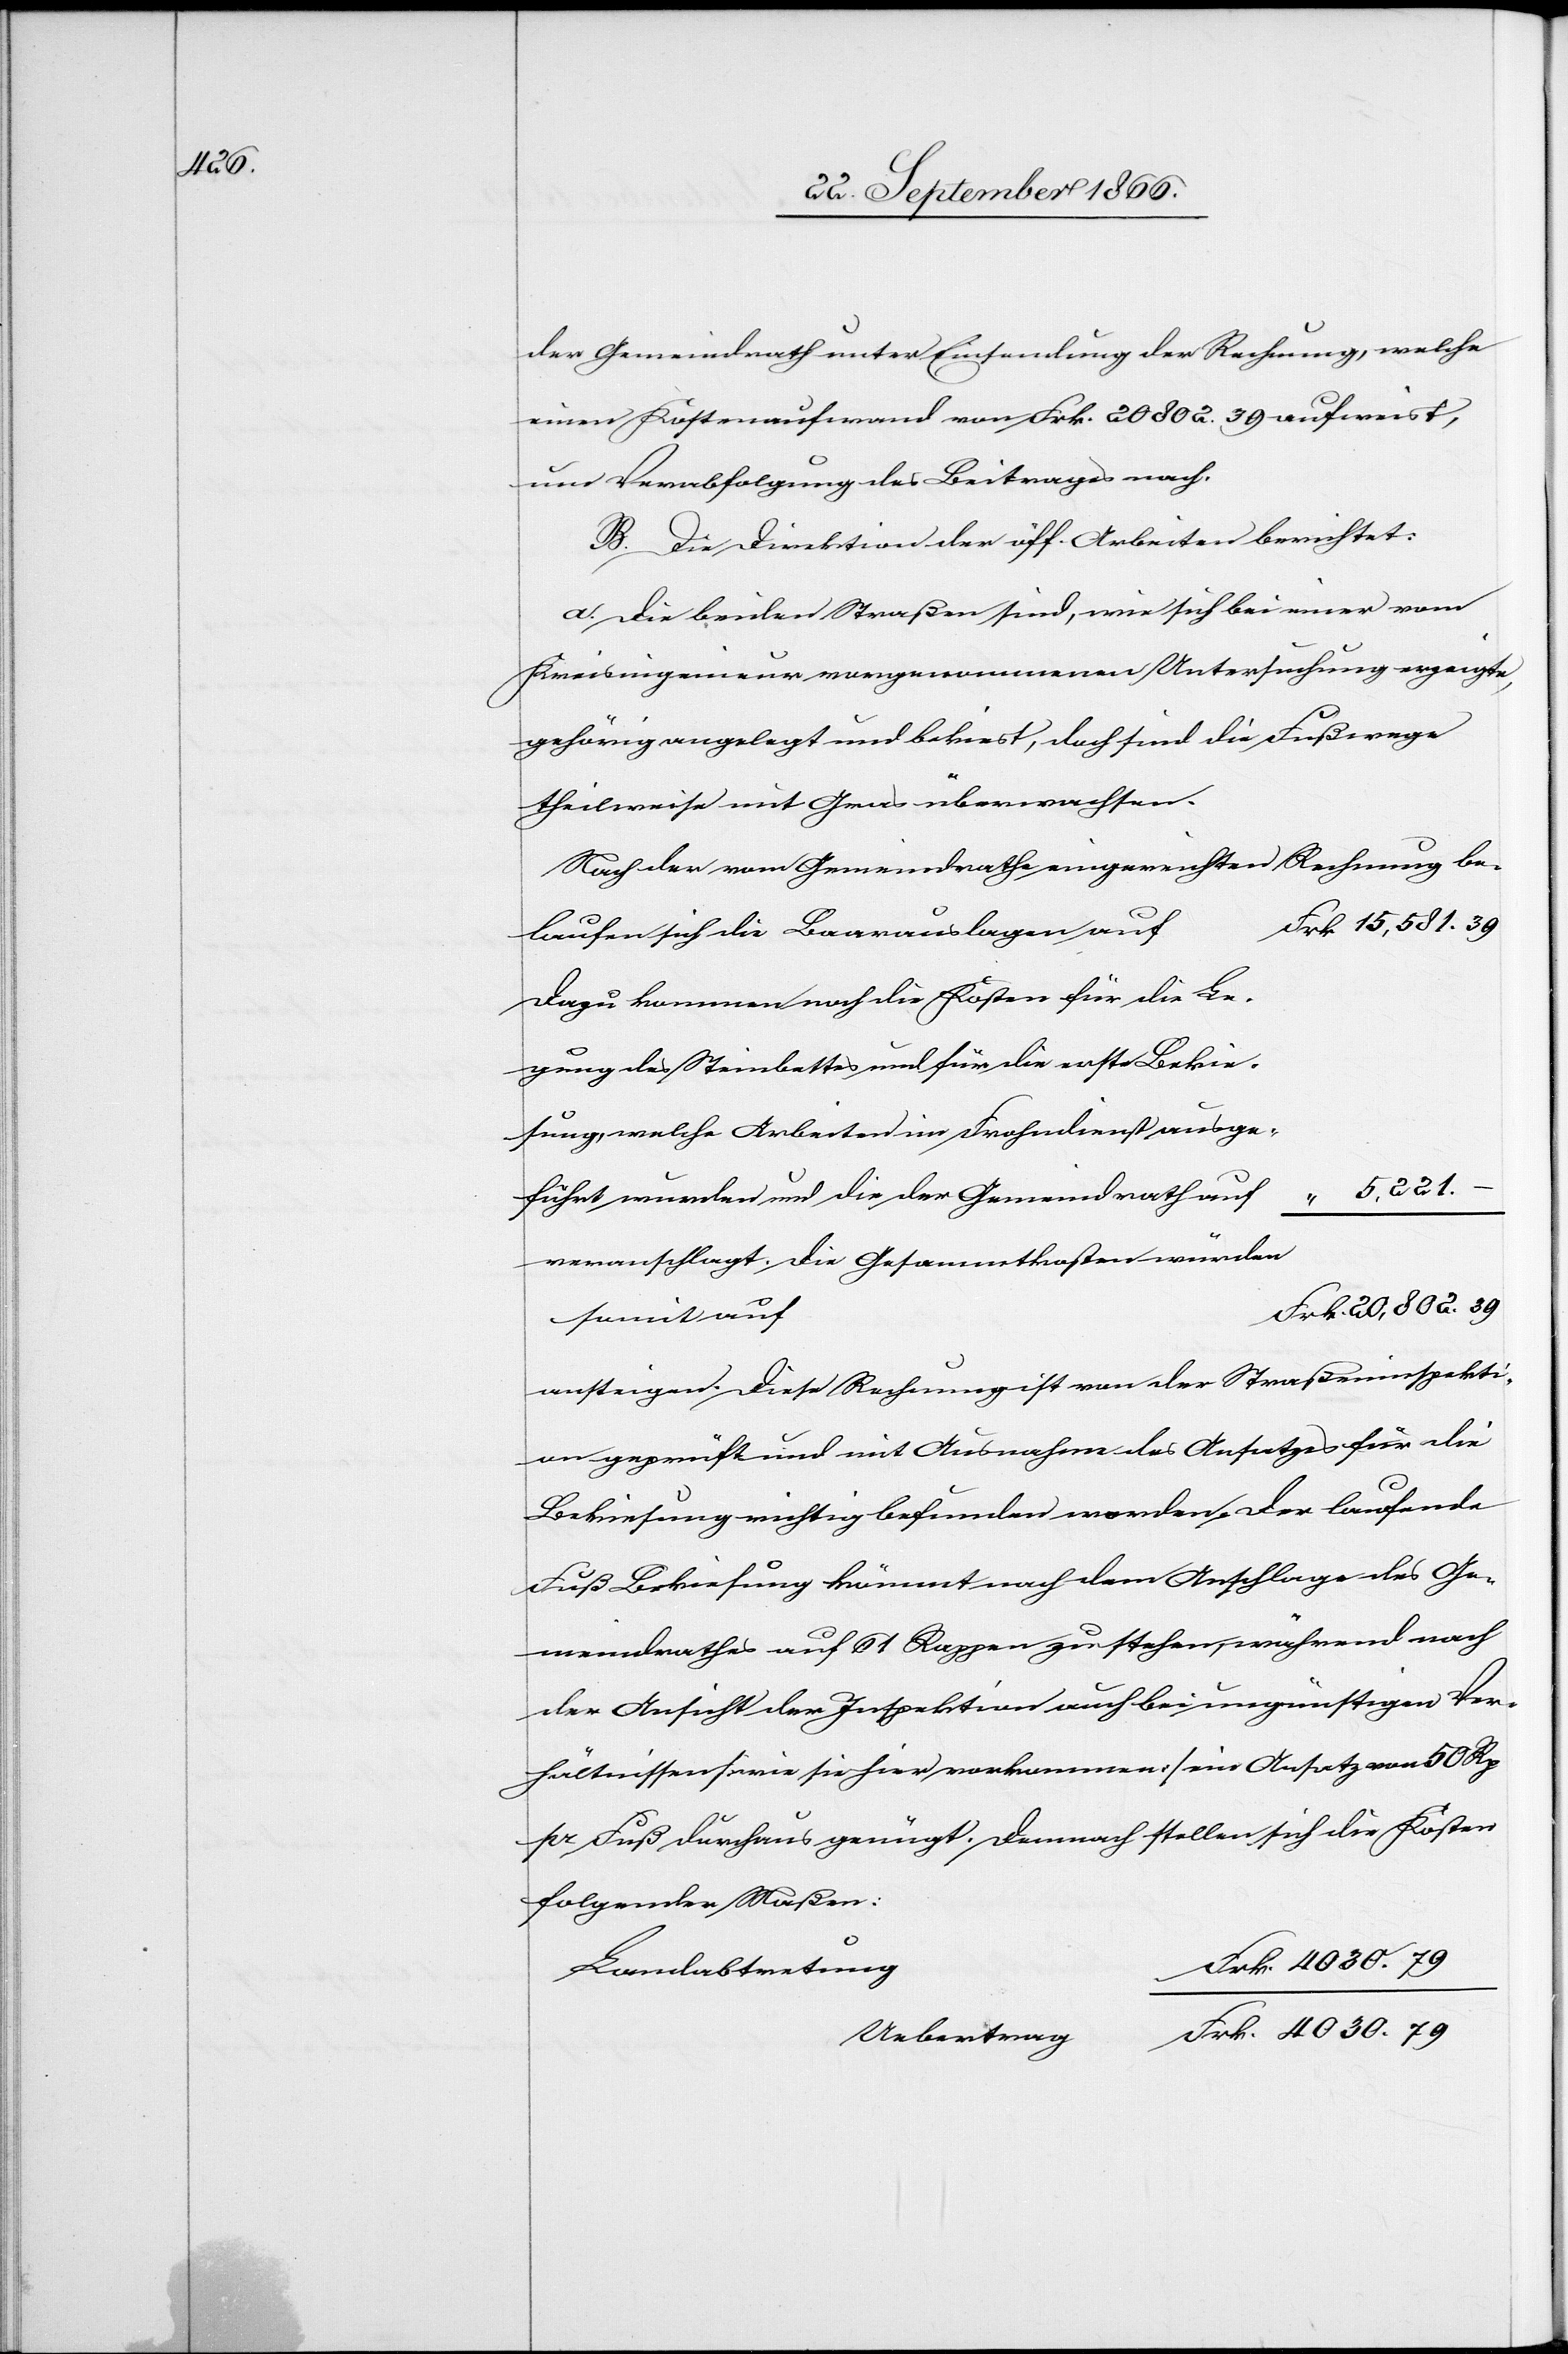
4030.

der Gemeindrath unter Einsendung der Rechnung, welche
einen Kostenaufwand von Frk. 20802.39 aufweist,
um Verabfolgung des Beitrages nach.
B. Die Direktion der öff. Arbeiten berichtet:
a. Die beiden Straßen sind, wie sich bei einer vom
Kreisingenieur vorgenommenen Untersuchung erzeigte,
gehörig angelegt und bekiest, doch sind die Fußwege
theilweise mit Gras überwachsen.
Nach der vom Gemeindrath eingereichten Rechnung be¬
laufen sich die Baarauslagen auf
Dazu kommen noch die Kosten für die Le¬
gung des Steinbettes und für die erste Bekie¬
sung, welche Arbeiten im Frohndienste ausge¬
5 221.
führt wurden und die der Gemeindrath auf
20
veranschlagt. Die Gesammtkosten würden
somit auf
ansteigen. Diese Rechnung ist von der Straßeninspekti¬
on geprüft und mit Ausnahme des Ansatzes für die
Bekiesung richtig befunden worden. Der laufende
Fuß Bekiesung kömmt nach dem Anschlage des Ge¬
meindrathes auf 61 Rappen zu stehen, während nach
der Ansicht der Inspektion auch bei ungünstigen Ver¬
hältnissen [wie sie hier vorkommen] ein Ansatz von 50 Rp.
pr. Fuß durchaus genügt. Demnach stellen sich die Kosten
folgender Maßen:
802.
Landabtretung
Uebertrag